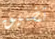
تضيق